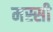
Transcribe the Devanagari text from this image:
मस्सी